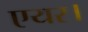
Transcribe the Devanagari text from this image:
एयर।